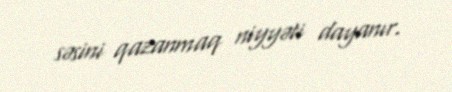
səsini qazanmaq niyyəti dayanır.